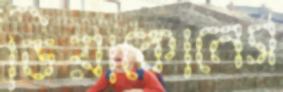
ডিয়াকোনেস